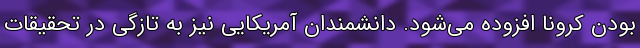
بودن کرونا افزوده می‌شود. دانشمندان آمریکایی نیز به تازگی در تحقیقات